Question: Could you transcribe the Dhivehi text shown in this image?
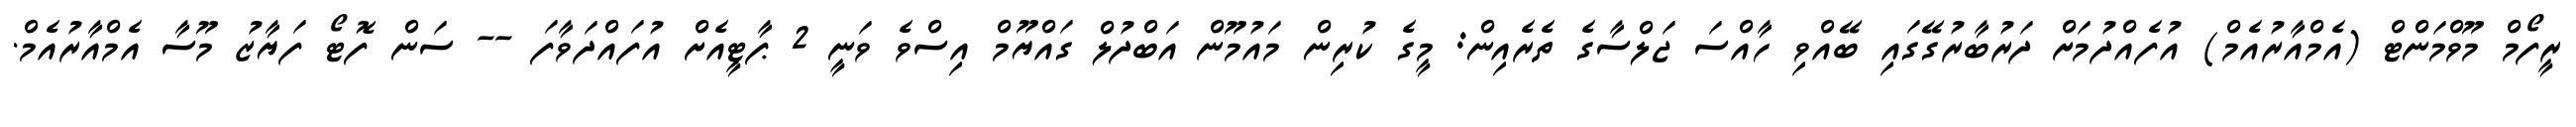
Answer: ރީފޯމް މޫވްމަންޓް (އެމްއާރުއެމް) އުފެއްދުމަށް ދަރުބާރުގޭގައި ބޭއްވި ހާއްސަ ޖަލްސާގެ ތެރެއިން: މީގެ ކުރިން މައުމޫން އަބްދުލް ގައްޔޫމް އިސްވެ ވަނީ 2 ޕާޓީއެށް އުފައްދަވާފަ -- ސަން ފޮޓޯ ފަޔާޒު މޫސާ އެމްއާރުއެމް.